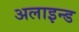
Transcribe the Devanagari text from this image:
अलाइन्ड